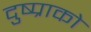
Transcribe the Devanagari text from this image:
दुष्प्राको